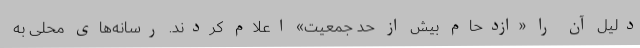
دلیل آن را «ازدحام بیش از حد جمعیت» اعلام کردند. رسانه‌های محلی به